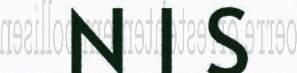
N I S